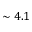
\sim 4 . 1